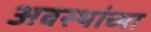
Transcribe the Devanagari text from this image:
अवस्थांच्या